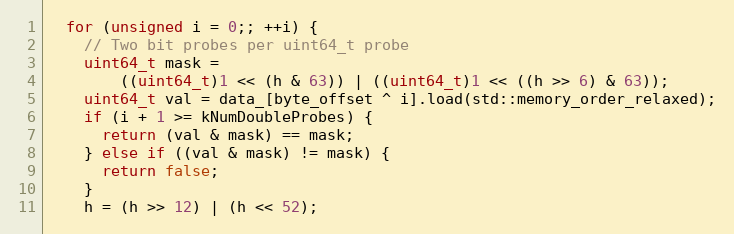
Language: C
  for (unsigned i = 0;; ++i) {
    // Two bit probes per uint64_t probe
    uint64_t mask =
        ((uint64_t)1 << (h & 63)) | ((uint64_t)1 << ((h >> 6) & 63));
    uint64_t val = data_[byte_offset ^ i].load(std::memory_order_relaxed);
    if (i + 1 >= kNumDoubleProbes) {
      return (val & mask) == mask;
    } else if ((val & mask) != mask) {
      return false;
    }
    h = (h >> 12) | (h << 52);